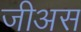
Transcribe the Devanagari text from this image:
जीअस